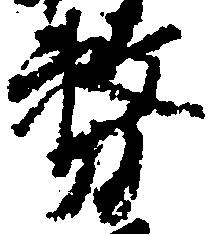
務